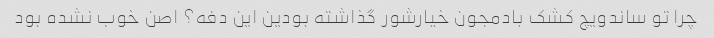
چرا تو ساندویچ کشک بادمجون خیارشور گذاشته بودین این دفه؟ اصن خوب نشده بود